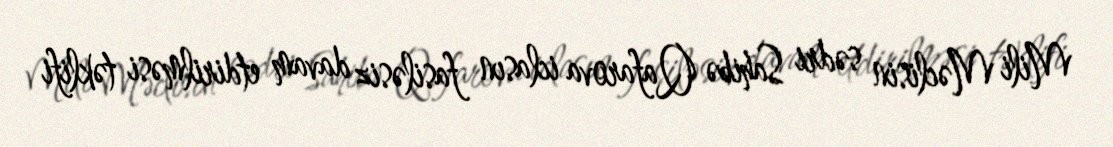
Mili Məclisin sədri Sahibə Qafarova iclasın fasiləsiz davam etdirilməsi təklifi